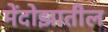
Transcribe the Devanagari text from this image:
मेंदोझातील